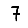
Digit: 7